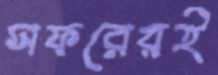
সফরেরই